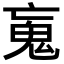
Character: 𩱿